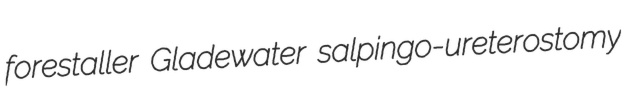
forestaller Gladewater salpingo-ureterostomy